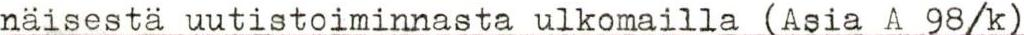
näisestä uutistoiminnasta ulkomailla (Asia A 98/k)